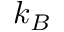
k _ { B }